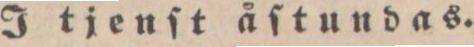
I tjenſt åſtundas.